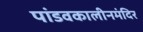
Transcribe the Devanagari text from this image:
पांडवकालीनमंदिर